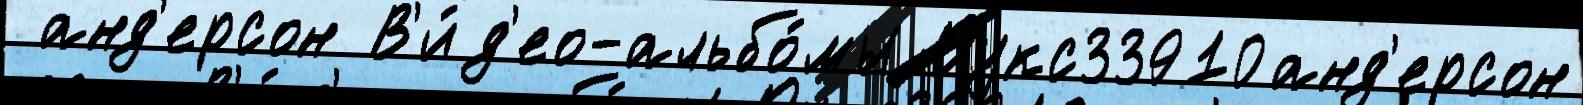
 анд'ерсон В'и́д'ео-альбо́мы Оукс33910анд'ерсон